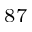
^ { 8 7 }